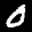
Label: 0